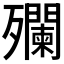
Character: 𣩼